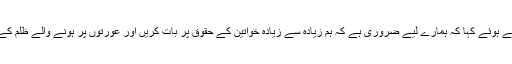
اس موقع پر انہوں نے گفتگو کرتے ہوئے کہا کہ ہمارے لیے ضروری ہے کہ ہم زیادہ سے زیادہ خواتین کے حقوق پر بات کریں اور عورتوں پر ہونے والے ظلم کے خاتمے کی کوشش کرتے رہیں۔